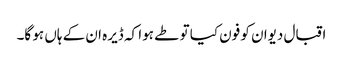
اقبال دیوان کو فون کیا تو طے ہوا کہ ڈیرہ ان کے ہاں ہو گا۔